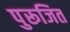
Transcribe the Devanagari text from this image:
पुरूजित